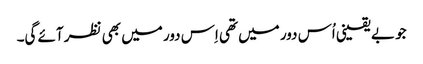
جو بے یقینی اُس دور میں تھی اِس دور میں بھی نظر آئے گی۔